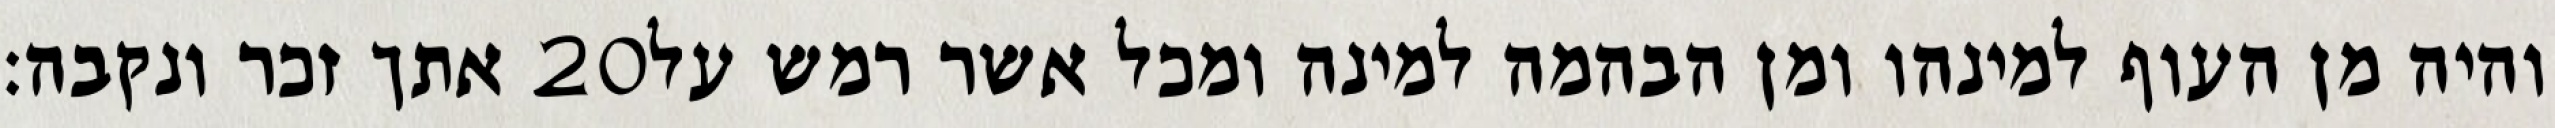
אתך זכר ונקבה׃ ‎20‏ והיה מן העוף למינהו ומן הבהמה למינה ומכל אשר רמש על